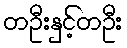
တဦးနှင့်တဦး